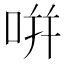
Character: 𭇴